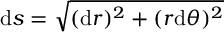
\mathrm { d } s = \sqrt { ( \mathrm { d } r ) ^ { 2 } + ( r \mathrm { d } \theta ) ^ { 2 } }